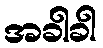
အခါခါ